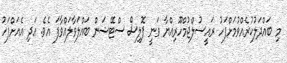
މި ބައްދަލުކުރެއްވުމަށްފަހު ރައީސުލްޖުމްހޫރިއްޔާ ވަނީ ޕޮލިސް ސްޓޭޝަން ބައްލަވާލައްވާފަ އެވެ. އަދި އެއަށްފަހު